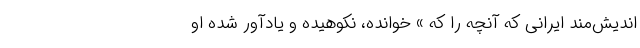
اندیش‌مند ایرانی که آنچه را که » خوانده، نکوهیده و یادآور شده او